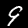
Digit: 9